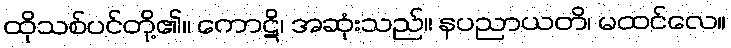
ထိုသစ်ပင်တို့၏။ ကောဋိ၊ အဆုံးသည်။ နပညာယတိ၊ မထင်လေ။